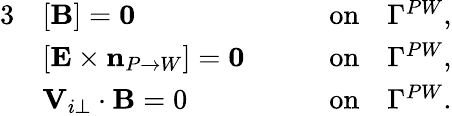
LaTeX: \begin{array}{rlr}{{3}}&{[{\mathbf B}]=\mathbf{0}\qquad}&{\mathrm{on}\quad\Gamma^{PW},}\\ &{[{\mathbf E}\times\mathbf{n}_{P\rightarrow W}]=\mathbf{0}\qquad}&{\mathrm{on}\quad\Gamma^{PW},}\\ &{\mathbf V_{i\perp}\cdot\mathbf B=0\qquad}&{\mathrm{on}\quad\Gamma^{PW}.}\end{array}